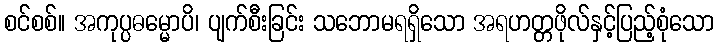
စင်စစ်။ အကုပ္ပဓမ္မောပိ၊ ပျက်စီးခြင်း သဘောမရရှိသော အရဟတ္တဖိုလ်နှင့်ပြည့်စုံသော